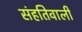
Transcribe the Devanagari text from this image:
संहतिवाली